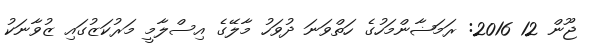
ޖޫން 12 2016: ރަމަޟާންމަހުގެ ހަތްވަނަ ދުވަހު މާލޭގެ އިސްލާމީ މަރުކަޒުގައި ޒުވާނަކު